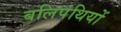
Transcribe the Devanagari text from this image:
बलिपंथियों